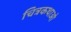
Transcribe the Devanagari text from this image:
चित्रकथाओ